Medical and sanitary report of the native army of Madras for the year
Year: 1875
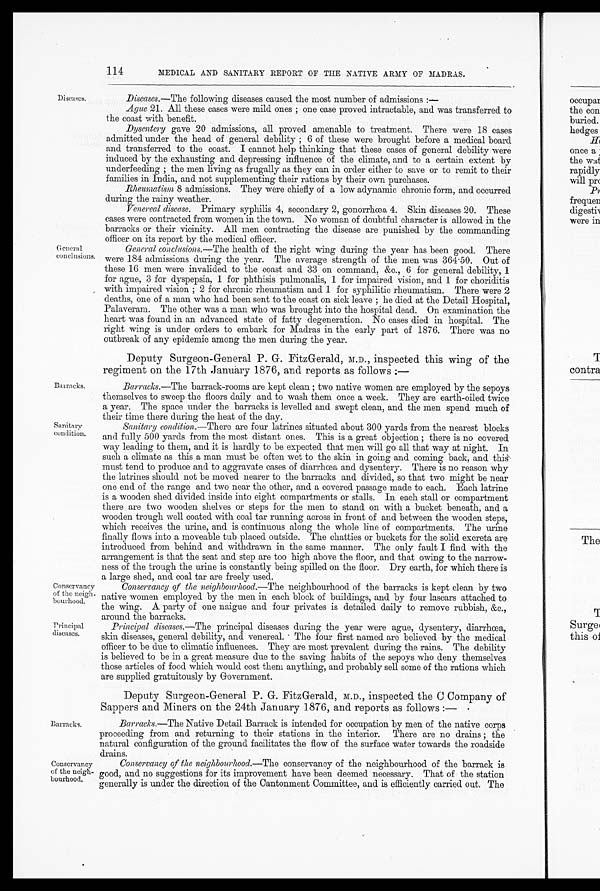
Conservancy
of the neigh
- b o u r h o o d .
Principal
diseases.
114
MEDICAL AND SANITARY REPORT OF THE NATIVE ARMY OF MADRAS.
Diseases.
General
conclusions.
Barracks.
Sanitary
condition.
Barracks.
Conservancy
of the neigh-
bourhood.
Diseases.— The following diseases caused the most number of admissions:—
Ague 21. All these cases were mild ones; one case proved intractable, and was transferred to
the coast with benefit.
Dysentery gave 20 admissions, all proved amenable to treatment. There were 18 cases
admitted under the head of general debility; 6 of these were brought before a medical board
and transferred to the coast. I cannot help thinking that these cases of general debility were
induced by the exhausting and depressing influence of the climate, and to a certain extent by
underfeeding; the men living as frugally as they can in order either to save or to remit to their
families in India, and not supplementing their rations by their own purchases.
Rheumatism 8 admissions. They were chiefly of a low adynamic chronic form, and occurred
during the rainy weather.
Venereal disease. Primary syphilis 4, secondary 2, gonorrhoea 4. Skin diseases 20. These
cases were contracted from women in the town. No woman of doubtful character is allowed in the
barracks or their vicinity. All men contracting the disease are punished by the commanding
offlcer on its report by the medical offlcer.
General conclusions.— The health of the right wing during the year has been good. There
were 184 admissions during the year. The average strength of the men was 364.50. Out of
these 16 men were invalided to the coast and 33 on command, &c., 6 for general debility, 1
for ague, 3 for dyspepsia, 1 for phthisis pulmonalis, 1 for impaired vision, and 1 for choriditis
with impaired vision; 2 for chronic rheumatism and 1 for syphilitic rheumatism. There were 2
deaths, one of a man who had been sent to the coast on sick leave; he died at the Detail Hospital,
Palaveram. The other was a man who was brought into the hospital dead. On examination the
heart was found in an advanced state of fatty degeneration. No eases died in hospital. The
right wing is under orders to embark for Madras in the early part of 1876. There was no
outbreak of any epidemic among the men during the year.
Deputy Surgeon-General P. G. FitzGerald, M.D., inspected this wing of the
regiment on the 17th January 1876, and reports as follows:—
Barracks.— The barrack-rooms are kept clean; two native women are employed by the sepoys
themselves to sweep the floors daily and to wash them once a week. They are earth-oiled twice
a year. The space under the barracks is levelled and swept clean, and the men spend much of
their time there during the heat of the day.
Sanitary condition.— There are four latrines situated about 300 yards from the nearest blocks
and fully 500 yards from the most distant ones. This is a great objection; there is no covered
way leading to them, and it is hardly to be expected that men will go all that way at night. In
such a climate as this a man must be often wet to the skin in going and coining back, and this
must tend to produce and to aggravate cases of diarrhoea and dysentery. There is no reason why
the latrines should not be moved nearer to the barracks and divided, so that two might be near
one end of the range and two near the other, and a covered passage made to each. Each latrine
is a wooden shed divided inside into eight compartments or stalls. In each stall or compartment
there are two wooden shelves or steps for the men to stand on with a bucket beneath, and a
wooden trough well coated with coal tar running across in front of and between the wooden steps,
which receives the urine, and is continuous along the whole line of compartments. The urine
finally flows into a moveable tub placed outside. The chatties or buckets for the solid excreta are
introduced from behind and withdrawn in the same manner. The only fault I find with the
arrangement is that the seat and step are too high above the floor, and that owing to the narrow-
ness of the trough the urine is constantly being spilled on the floor. Dry earth, for which there is
a large shed, and coal tar are freely used.
Conservancy of the neighbourhood.— The neighbourhood of the barracks is kept clean by two
native women employed by the men in each block of buildings, and by four lascars attached to
the wing. A party of one naigue and four privates is detailed daily to remove rubbish, &c.,
around the barracks.
Principal diseases.— The principal diseases during the year were ague, dysentery, diarrhœa,
skin diseases, general debility, and venereal. The four first named are believed by the medical
officer to be due to climatic influences. They are most prevalent during the rains. The debility
is believed to be in a great measure due to the saving habits of the sepoys who deny themselves
those articles of food which would cost them anything, and probably sell some of the rations which
are supplied gratuitously by Government.
Deputy Surgeon-General P. G. FitzGerald, M.D., inspected the C Company of
Sappers and Miners on the 24th January 1876, and reports as follows:—
Barracks.— The Native Detail Barrack is intended for occupation by men of the native corps
proceeding from and returning to their stations in the interior. There are no drains; the
natural configuration of the ground facilitates the flow of the surface water towards the roadside
d r a i n s .
Conservancy of the neighbourhood.—The conservancy of the neighbourhood of the barrack is
good, and no suggestions for its improvement have been deemed necessary. That of the station
generally is under the direction of the Cantonment Committee, and is efficiently carried out. The